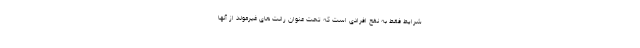
شرایط فقط به نفع افرادی است که تحت عنوان رانت های غیرمولد از آنها